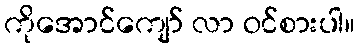
ကိုအောင်ကျော် လာ ဝင်စားပါ။